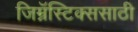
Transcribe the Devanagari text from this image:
जिम्नॅस्टिक्ससाठी